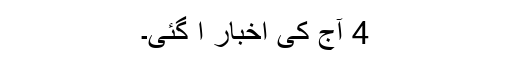
4 ٓآج کی اخبار آ گئی۔